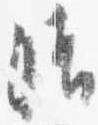
晴